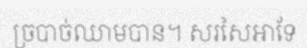
ច្របាច់ឈាមបាន។ សរសៃអាទែ